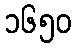
၁၆၅၀